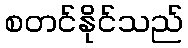
စတင်နိုင်သည်